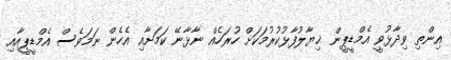
އިންތި ވިދާޅުވީ އެމްޑީޕީން ޚިޔާލުފާޅުކުރުމަކަށް ހުރަހެއް ނާޅާނޭ ކަމަށާއި އެހެން ނަމަވެސް އެމްޑީޕީއާއި